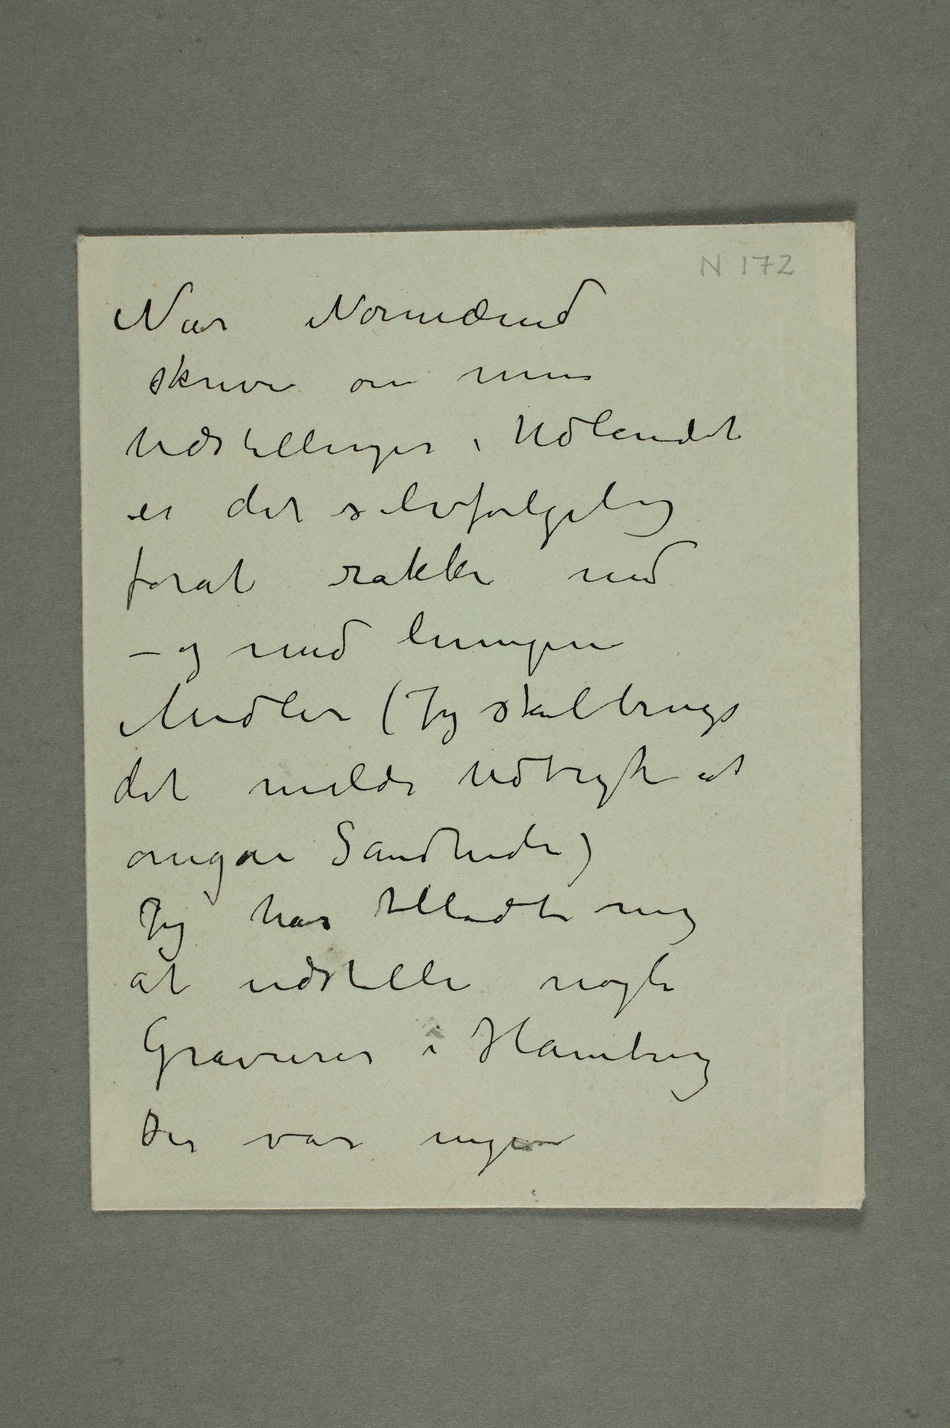
Når Normænd
skriver om mine
Udstillinger i Udlandet
er det selvfølgelig
forat rakke ned
Midler (Jeg skal bruge
det milde Udtryk at
omgaa Sandheden)
Jeg har tilladt mig
at udstille nogle
Gravurer i Hamburg
Der var ingen